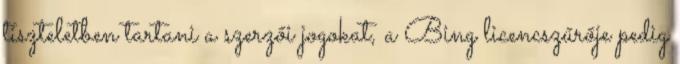
tiszteletben tartani a szerzői jogokat, a Bing licencszűrője pedig